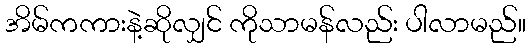
အိမ်ကကားနဲ့ဆိုလျှင် ကိုသာမန်လည်း ပါလာမည်။